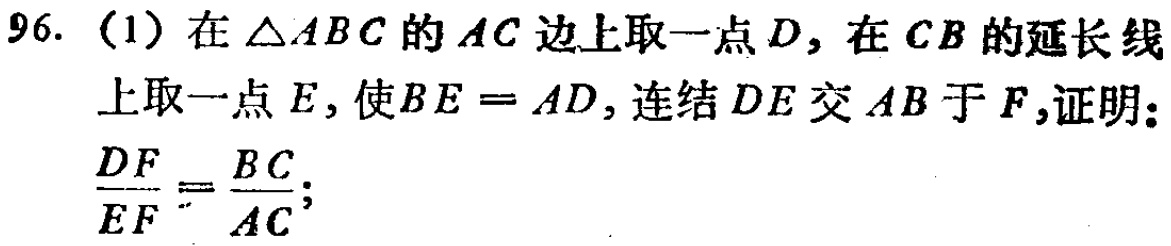
96. (1) 在\(\triangle ABC\)的\(AC\)边上取一点\(D\)，在\(CB\)的延长线上取一点\(E\)，使\(BE = AD\)，连结\(DE\)交\(AB\)于\(F\)，证明：\(\frac{DF}{EF}=\frac{BC}{AC}\)；